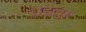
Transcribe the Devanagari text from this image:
चैंडेलुर